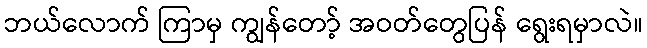
ဘယ်လောက် ကြာမှ ကျွန်တော့် အဝတ်တွေပြန် ရွေးရမှာလဲ။